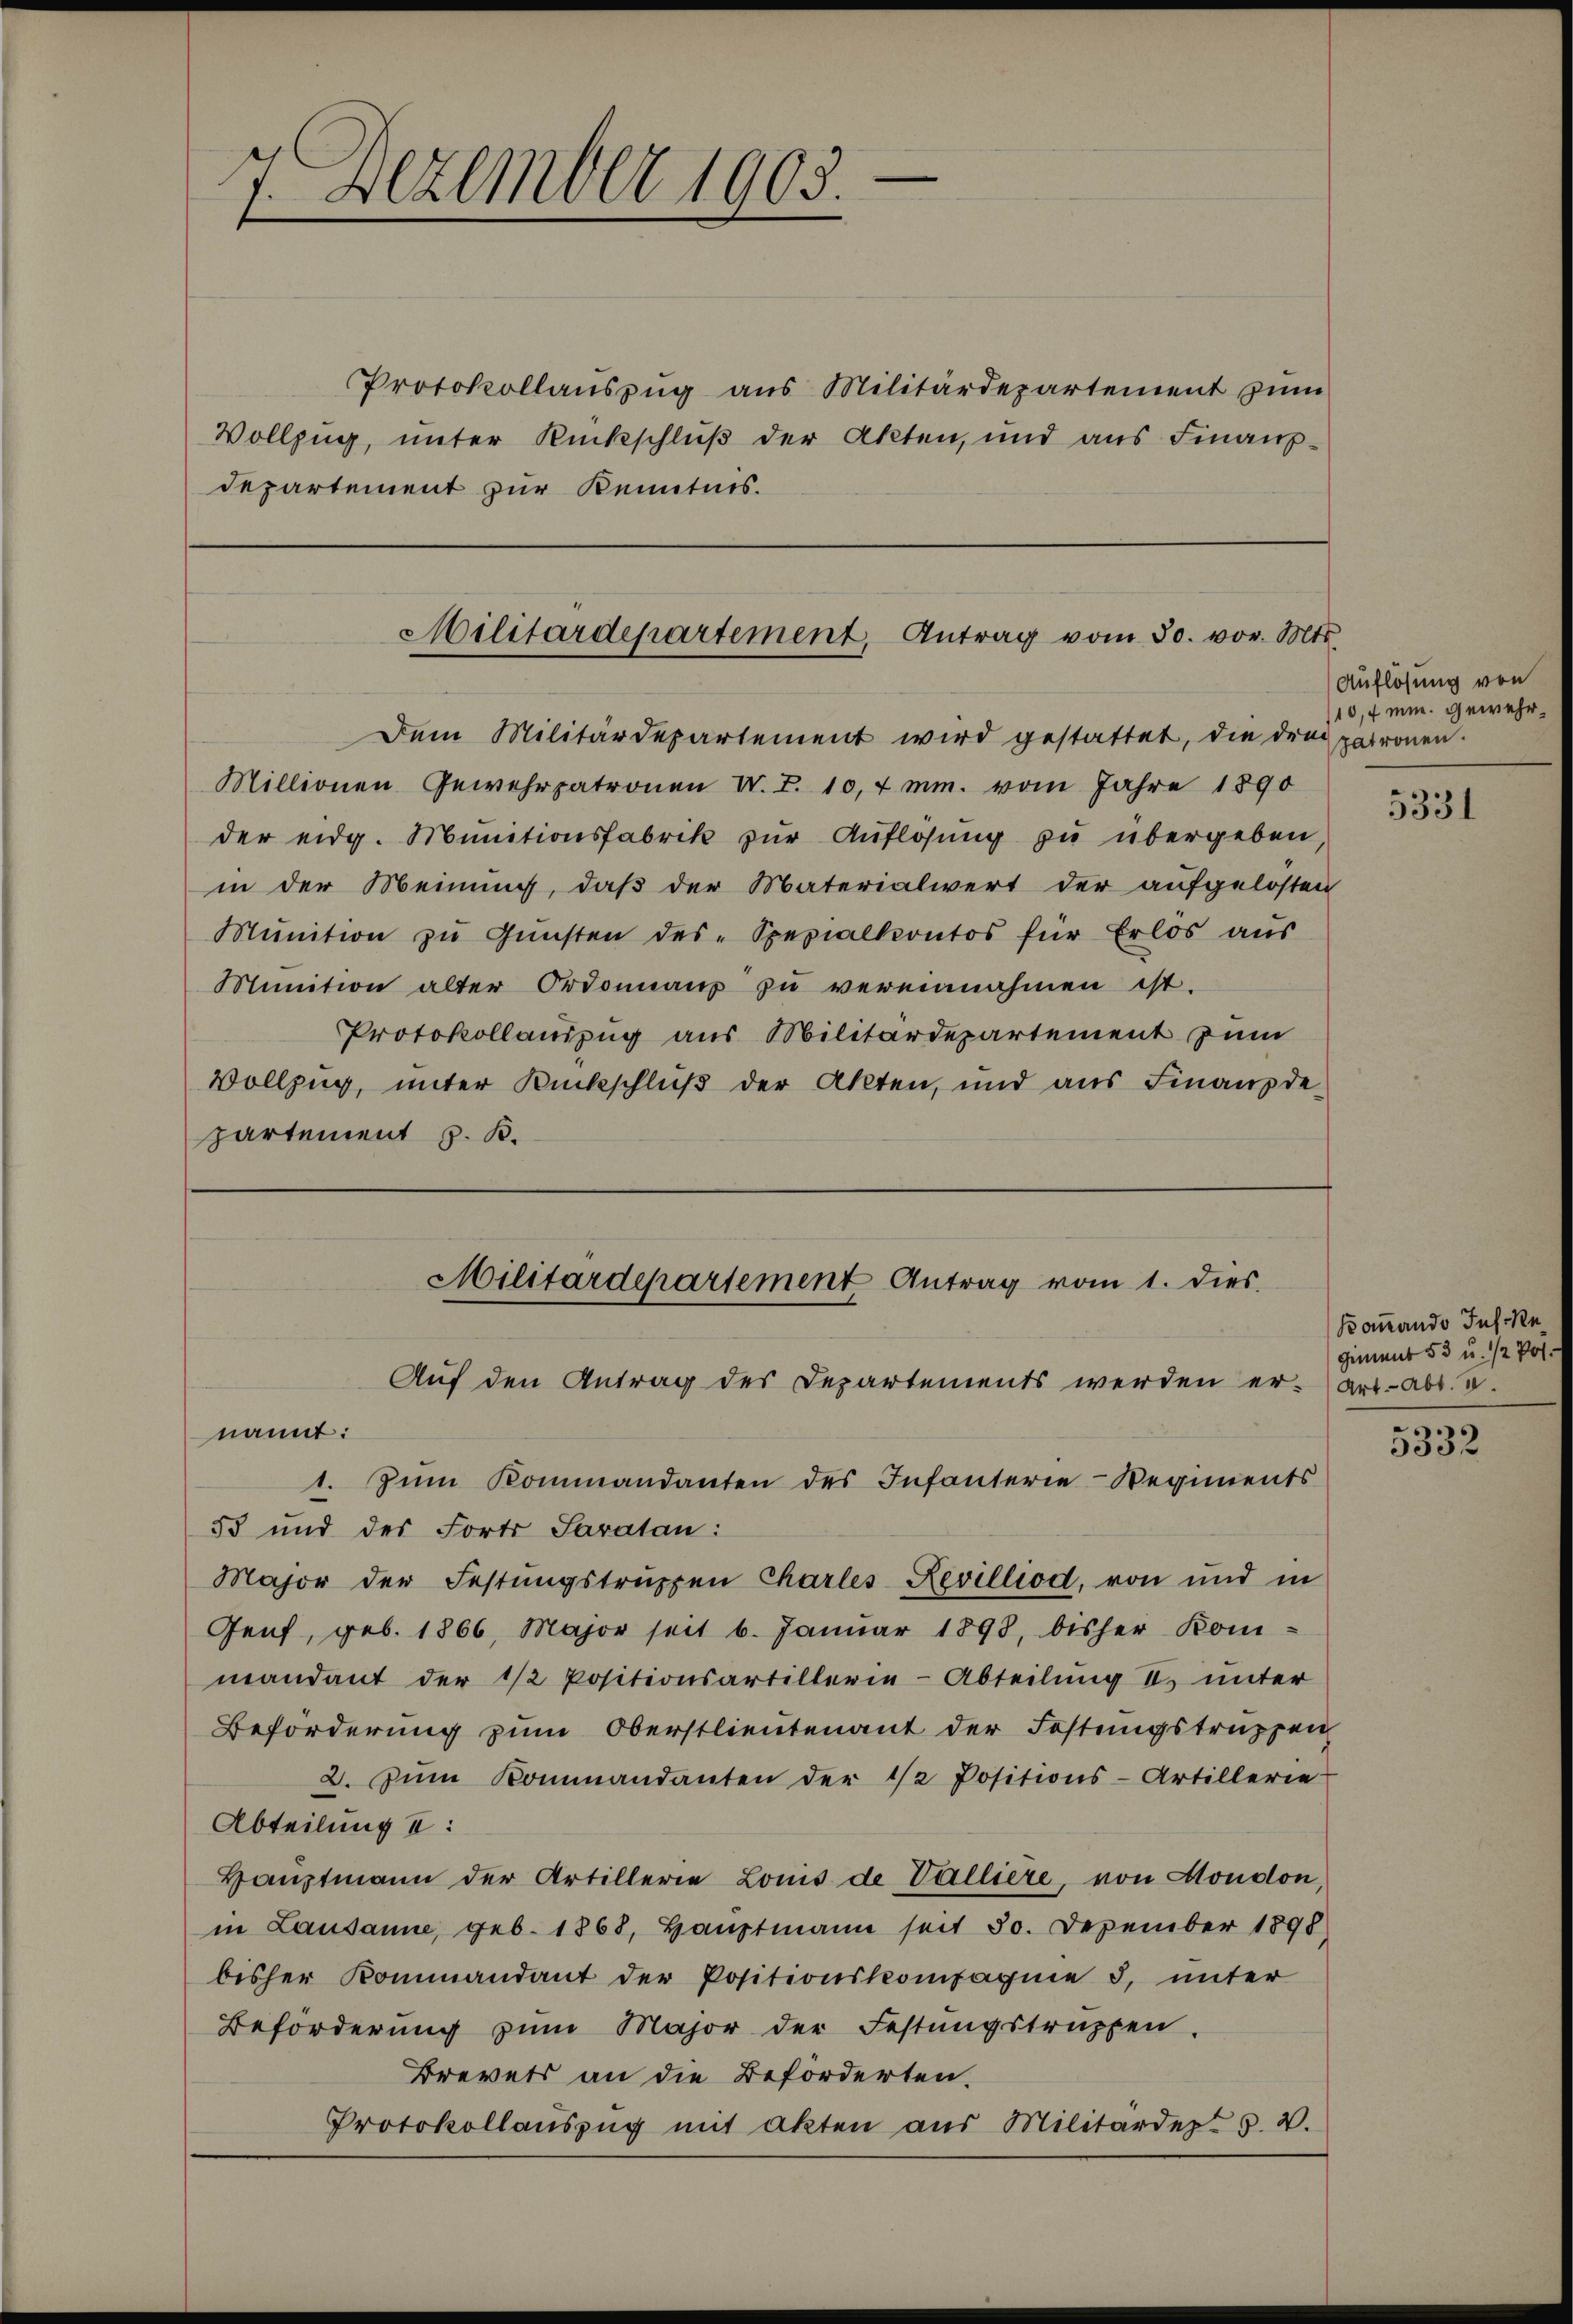
7. Dezember 1903.

Dem Militärdepartement wird gestattet, die drei patronen.
Millionen Gewehrpatronen W. T. 10,4 mm. vom Jahre 1890
der eidg. Munitionsfabrik zŭr Aŭflösung zŭ übergeben,
in der Meinung, daß der Materialwert der aŭfgelösten
Mŭnition zŭ Gŭnsten des Spezialkontos für Erlos aus
Munition alter Ordonnanz zŭ vereinnahmen ist.
Protokollauszug aus Militärdepartement zum
Vollzug, unter Rückschluß der Akten, und aŭs Finanzde-
partement z. K.

Protokollauszug aus Militärdepartement zum
Vollzug, unter Rückschluß der Akten, und aus Finanz¬
Departement zur Kenntnis.

Militärdepartement, Antrag vom 30. vor. Mts.

Militärdepartement Antrag vom 1. dies
Auf den Antrag des Departements werden er- art. Abt. V.

Auflösung von
10,4 min. Gewehr¬

nannt:
1. Zum Kommandanten des Infanterie-Regiments
53 und der Forts Saratan:
Major der Festungstruppen Charles-Revilliod, von und in
Genf, geb. 1866, Major seit 6. Januar 1898, bisher Kom-
mandant der 1/2 Positionsartillerie-Abteilung II. unter
Beförderung zum Oberstlieutenant der Festungstruppen
2. Zum Kommandanten der 1/2 Positions-Artillerie
Abteilung I:
Hauptmann der Artillerie Louis de Valliere, von Moudon,
in Lausanne, geb. 1868, Hauptmann seit 30. Dezember 1898
bisher Kommandant der Positionskompagnie 3. unter
Beförderung zum Major der Festungstruppen.
Brevets an die Beförderten.
Protokollauszug mit akten aus Militärdept v. V.

5331

Kommando ins Regemeint 53 u. ½ Pot:

5332